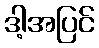
ဒါ့အပြင်